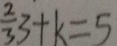
\frac { 2 } { 3 } 3 + k = 5